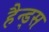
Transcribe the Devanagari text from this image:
हैन्ड्स